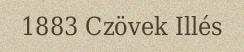
1883 Czövek Illés